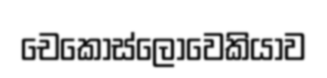
චෙකොස්ලෝවෙකියාව